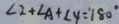
\angle 2 + \angle A + \angle 4 = 1 8 0 ^ { \circ }